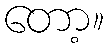
တော့။